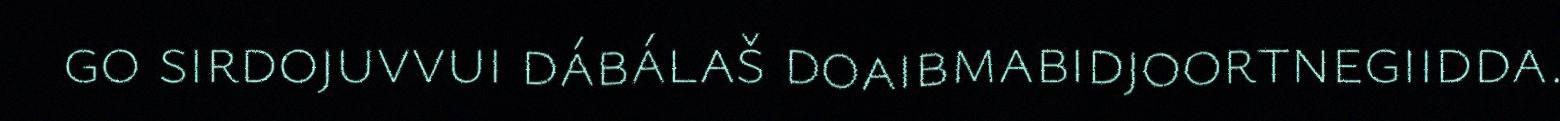
go sirdojuvvui dábálaš doaibmabidjoortnegiidda.